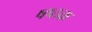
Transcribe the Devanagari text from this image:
षष्ठक